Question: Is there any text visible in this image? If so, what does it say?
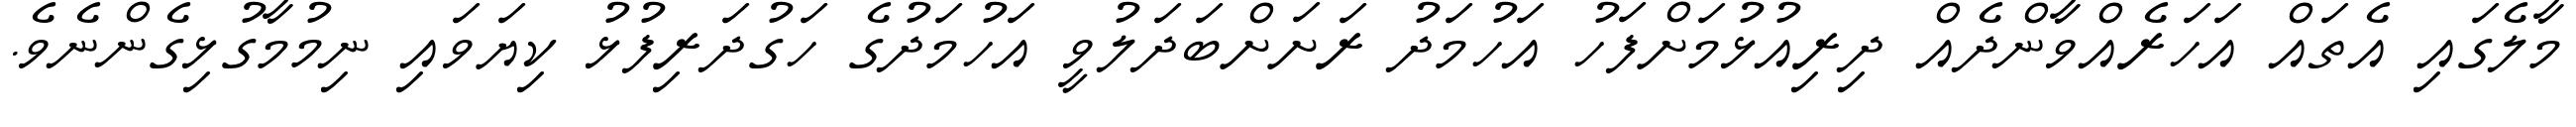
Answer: މާލެގައި އެތައް އަހަރެއްވާންދެއް ދިރިއުޅުމަށްފަހު އަހުމަދު ރަށަށްބަދަލުވީ އަހުމަދުގެ ހަގުދަރިފުޅު ކިޔަވައި ނިމުމާގުޅިގެންނެވެ.